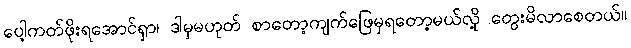
ပေါ့ကတ်ဖိုးရအောင်ရှာ၊ ဒါမှမဟုတ် စာတော့ကျက်ဖြေမှရတော့မယ်လို့ တွေးမိလာစေတယ်။